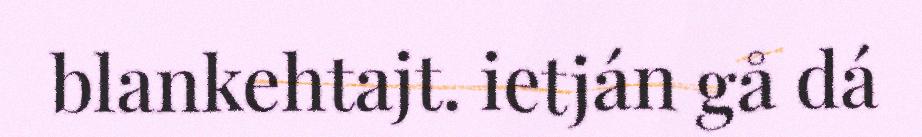
blankehtajt. ietján gå dá